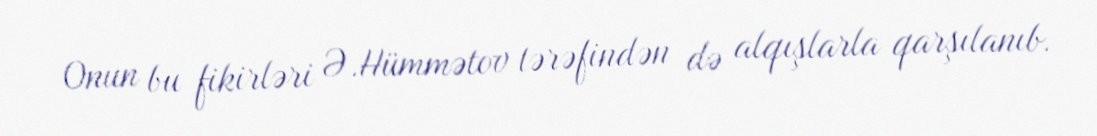
Onun bu fikirləri Ə.Hümmətov tərəfindən də alqışlarla qarşılanıb.